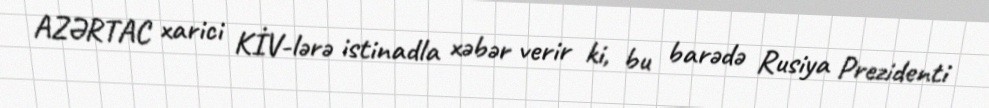
AZƏRTAC xarici KİV-lərə istinadla xəbər verir ki, bu barədə Rusiya Prezidenti